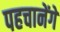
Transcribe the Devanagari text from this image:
पहचानेंगे